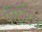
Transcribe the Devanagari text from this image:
पैरेन्टिंग